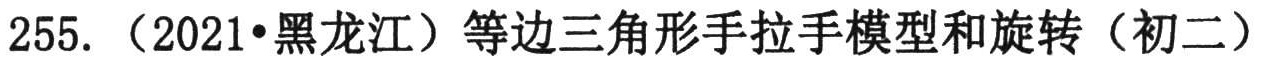
255. （2021•黑龙江）等边三角形手拉手模型和旋转（初二）